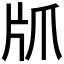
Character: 𰠙